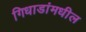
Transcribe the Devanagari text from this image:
गिधाडांमधील